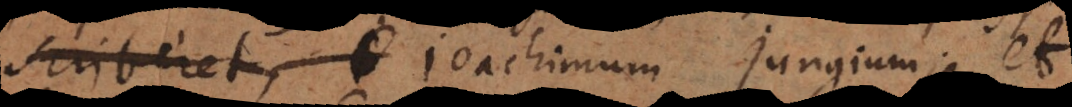
scriberet, Joachimum Jungium; et